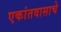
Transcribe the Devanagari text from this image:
एकांतवासाचे